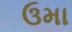
ઉમા